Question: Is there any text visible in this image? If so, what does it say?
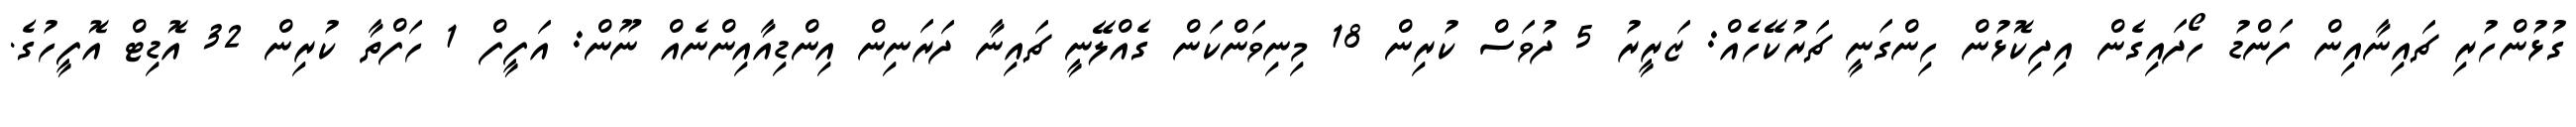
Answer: ގުޅުންހުރި ޗައިނާއިން ފަންޑު ހޯދައިގެން އިދިކޮޅުން ހިންގަނީ ޗަރުކޭހެއް: ޒަރީރު 5 ދުވަސް ކުރިން 18 މިނިވަންކަން ގެއްލޭނީ ޗައިނާ ދަރަނިން އިންޑިއާއިންނެއް ނޫން: އަފީފް 1 ހަފްތާ ކުރިން 32 އޮޑިޓް އޮފީހުގެ.